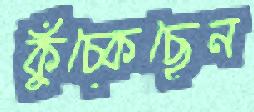
কুঁচ্‌কেছেন